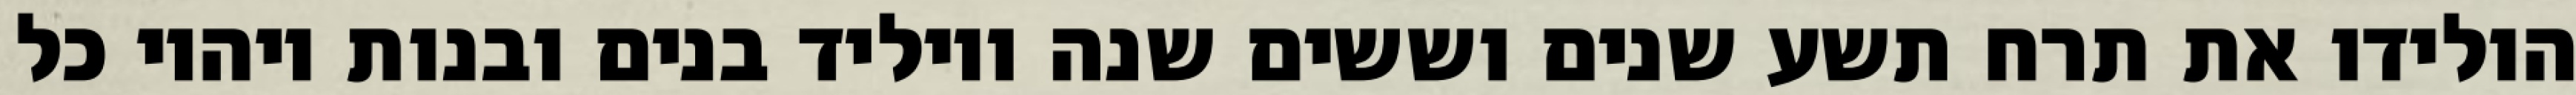
הולידו את תרח תשע שנים וששים שנה ויוליד בנים ובנות ויהיו כל